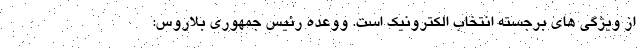
از ویژگی های برجسته انتخاب الکترونیک است. ووعده رئیس جمهوری بلاروس: